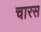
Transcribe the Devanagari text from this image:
चारस